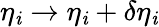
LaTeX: \eta_{\mathit{i}}\rightarrow\eta_{\mathit{i}}+\delta\eta_{\mathit{i}}